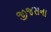
જીજસના